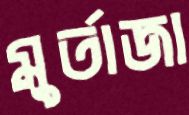
মুর্তাজা